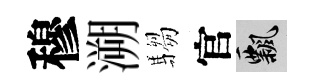
穆溯騶官飄